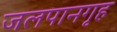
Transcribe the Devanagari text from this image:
जलपानगृह